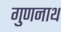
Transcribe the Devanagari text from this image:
गुणनाथ